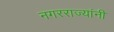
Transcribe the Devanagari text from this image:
नगरराज्यांनी